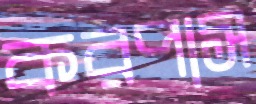
করপাস